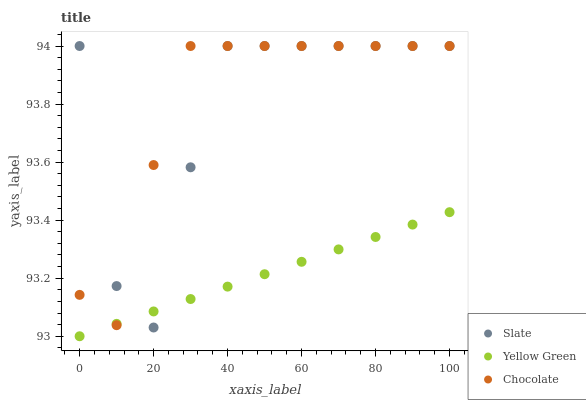
| xaxis_label | Slate | Yellow Green | Chocolate |
 | --- | --- | --- | --- |
 | 0 | 94 | 93 | 93.1 |
 | 10 | 93.2 | 93 | 93 |
 | 20 | 93 | 93.1 | 93.6 |
 | 30 | 93.6 | 93.1 | 94 |
 | 40 | 94 | 93.2 | 94 |
 | 50 | 94 | 93.2 | 94 |
 | 60 | 94 | 93.3 | 94 |
 | 70 | 94 | 93.3 | 94 |
 | 80 | 94 | 93.3 | 94 |
 | 90 | 94 | 93.4 | 94 |
 | 100 | 94 | 93.4 | 94 |